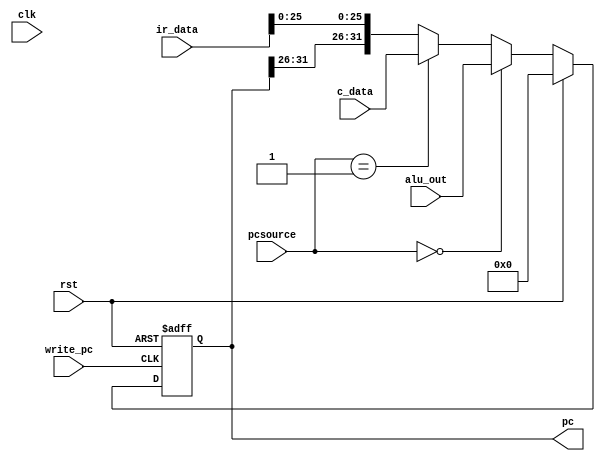
`timescale 1ns / 1ps
//////////////////////////////////////////////////////////////////////////////////
// Company: 
// Engineer: 
// 
// Design Name: 
// Module Name:    pcm 
// Project Name: 
// Target Devices: 
// Tool versions: 
// Description: 
//
// Dependencies: 
//
// Revision: 
// Revision 0.01 - File Created
// Additional Comments: 
//
//////////////////////////////////////////////////////////////////////////////////
module pcm(clk, rst, alu_out, c_data, ir_data, pcsource, write_pc, pc);
	
	input         	clk;
	input         	rst;
	input [31:0]	alu_out;
	input [31:0]	c_data;
	input [31:0]	ir_data;
	input [1:0]		pcsource;
	input 			write_pc;
	
	output [31:0]	pc;
	
	reg [31:0]		pc;
	wire [31:0]		npc;
	wire [31:0]		addr;
	wire 				write_pc;
	
	initial begin
		pc = 32'h00000000;
	end
	
	assign addr = {pc[31:26], ir_data[25:0]};
 	assign npc = rst?32'h00000000: ((pcsource == 2'b00)? alu_out : ((pcsource == 2'b01)? c_data : addr));
	
	always @ (posedge write_pc or posedge rst) begin
		pc <= npc;
		if (rst) begin
			pc <= 32'h00000000;
		end
	end

endmodule